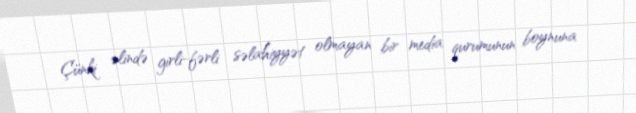
Çünki əlində girli-fərli səlahiyyət olmayan bir media qurumunun boynuna